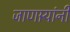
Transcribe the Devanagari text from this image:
जाणार्‍यांनी